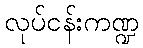
လုပ်ငန်းကဏ္ဍ